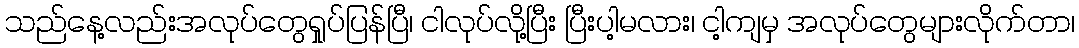
သည်နေ့လည်းအလုပ်တွေရှုပ်ပြန်ပြီ၊ ငါလုပ်လို့ပြီး ပြီးပါ့မလား၊ ငါ့ကျမှ အလုပ်တွေများလိုက်တာ၊